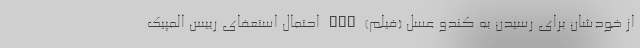
از خودشان برای رسیدن به کندو عسل (فیلم) nan احتمال استعفای رییس المپیک